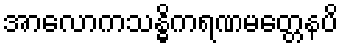
အာလောကသန္ဓိကရဏမတ္တေနပိ